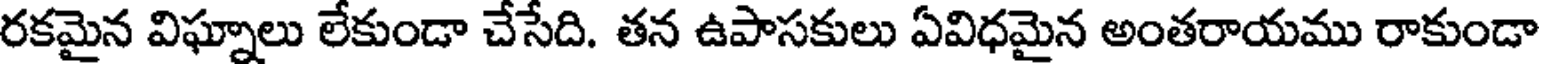
రకమైన విఘ్నాలు లేకుండా చేసేది. తన ఉపాసకులు ఏవిధమైన అంతరాయము రాకుండా